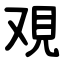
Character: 覌